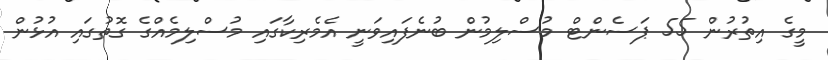
މީގެ އިތުރުން 55 ޕަސެންޓް މުސްލިމުން ބުނެފައިވަނީ އެމެރިކާގައި މުސްލިމެއްގެ ގޮތުގައި އުޅުން